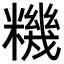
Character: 𥼘